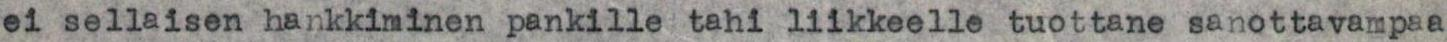
ei sellaisen hankkiminen pankille tahi liikkeelle tuottane sanottavampaa